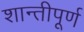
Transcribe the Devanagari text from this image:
शान्तीपूर्ण